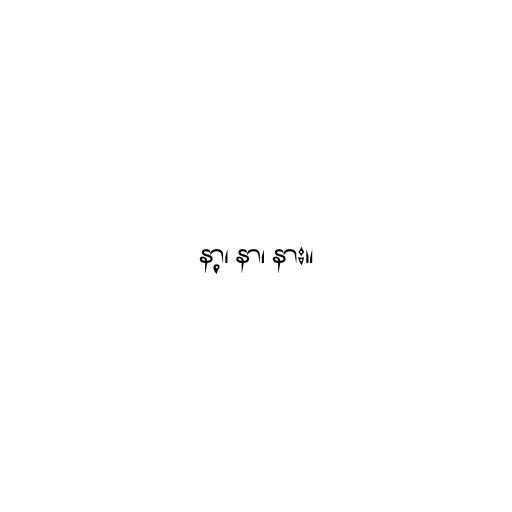
နာ့၊ နာ၊ နား။